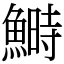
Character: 鰣